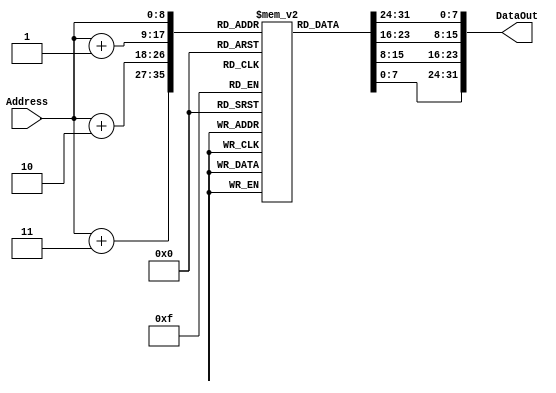
module instr_mem (
    output reg [31:0] DataOut,
    input [8:0] Address
);

    reg [7:0] Mem[0:511]; //512 localizaciones de 8 bits
    
    always @ (Address)
        DataOut <= {Mem[Address], Mem[Address + 1], Mem[Address + 2], Mem[Address + 3]};
    
endmodule

module SimplePipeline(
    input wire clk,
    input wire reset,
    input wire [31:0] instruction_in,
    output wire [31:0] result_out,
    output reg [31:0] pc_reg,
    output reg [31:0] npc_reg
    // output wire [31:0] pc_wire,
    // output wire [31:0] npc_wire
);

    // reg [31:0] pc_reg;
    // reg [31:0] npc_reg;
    reg [31:0] instruction_reg;
    reg [3:0] alu_op_reg;
    reg [31:0] mem_result;
    reg [31:0] result_reg;
    reg [8:0] address;
	reg [1:0] load_instr_reg;
	reg [1:0] rf_enable_reg;
	reg [1:0] branch_reg;
	reg [1:0] ta_instr_reg;
	reg [1:0] mem_enable_reg;
	reg [1:0] mem_se_reg;
	reg [1:0] mem_rw_reg;
	reg [2:0] mem_size_reg;
	reg [1:0] hi_enable_reg;
	reg [1:0] lo_enable_reg;
       
        // Control signals from PPU_Control_Unit
//    output wire ID_Shift_Imm;
//    output wire [2:0] ID_ALU_OP;
//    output wire ID_Load_Instr;
//    output wire ID_RF_Enable;
//    output wire ID_B_Instr;
//    output wire ID_TA_Instr;
//    output wire [1:0] ID_MEM_Size;
//    output wire ID_MEM_RW;
//    output wire ID_MEM_SE;
//    output wire ID_Enable_HI;
//    output wire ID_Enable_LO;
 

    // Load enable for PC and nPC
    reg le_pc, le_npc, le_alu, le_mem, le_wb;

    // Outputs from ID stage
    wire [5:0] opcode;
    wire [4:0] rs;
    wire [4:0] rt;
    wire [4:0] rd;
    wire [15:0] immediate;
    wire [5:0] funct;


    // Initialization of Instruction Memory
  
	

      // Etapa IF (Fetch)
    always @(posedge clk or posedge reset) begin
        if (reset) begin
            pc_reg <= 32'b0;
            npc_reg <= 32'b00000000000000000000000000000100;
            instruction_reg <= 32'h0;
            le_pc <= 1'b0;
            le_npc <= 1'b0;
        end else begin
            if (le_pc) pc_reg <= npc_reg;
            address <= pc_reg;
            instruction_reg <= instruction_in;
           // result_out <= instruction_reg;
            if (le_npc) npc_reg <= npc_reg + 4;
            
        end
    end


    instr_mem imem (
            .DataOut(result_out),
            .Address(address)
        );




    // Etapa ID (Decodificacin de Instrucciones)
    always @(posedge clk or posedge reset) begin
        if (reset) begin
            // Initialize control signals
            // Add your initialization logic here if needed
			ta_instr_reg = 1'b0;
        end else begin
         
			
			ta_instr_reg = PPU_Control_Unit.control_output[7];
          
        end
    end

    // Etapa EX (Ejecucin)
    always @(posedge clk or posedge reset) begin
        if (reset) begin
            // Inicializar registros en caso de reset'
			alu_op_reg = 3'b000;
			branch_reg = 1'b0;
			load_instr_reg = 1'b0;
			rf_enable_reg = 1'b0;
        end else begin
            // Lgica de la etapa EX, como operaciones aritmticas y lgicas
			alu_op_reg = PPU_Control_Unit.control_output[3:1];
			branch_reg = PPU_Control_Unit.control_output[6];
			load_instr_reg = PPU_Control_Unit.control_output[4];
			rf_enable_reg = PPU_Control_Unit.control_output[5];
            if (le_alu) begin
                // Perform ALU operation
            end
        end
    end

    // Etapa MEM (Acceso a memoria)
    always @(posedge clk or posedge reset) begin
        if (reset) begin
            // Inicializar registros en caso de reset
			mem_size_reg = 2'b00;
			mem_se_reg = 1'b0;
			mem_rw_reg = 1'b0; 
			mem_enable_reg = 1'b0;
			load_instr_reg = 1'b0;		
			rf_enable_reg = 1'b0;			
        end else begin
            // Lgica de la etapa MEM, como acceso a memoria (load o store)
			mem_size_reg = PPU_Control_Unit.control_output[9:8];
			mem_se_reg = PPU_Control_Unit.control_output[11];
			mem_rw_reg = PPU_Control_Unit.control_output[10];
			mem_enable_reg = PPU_Control_Unit.control_output[14];
			load_instr_reg = PPU_Control_Unit.control_output[4];
			rf_enable_reg = PPU_Control_Unit.control_output[5];
			//mem_mux_enable = ??
            if (le_mem) begin
                // Perform memory operation
            end
        end
    end

    // Etapa WB (Write-Back)
    always @(posedge clk or posedge reset) begin
        if (reset) begin
            // Inicializar registros en caso de reset
			rf_enable_reg = 1'b0;
			hi_enable_reg = 1'b0;
			lo_enable_reg = 1'b0;
        end else begin
            result_reg <= mem_result; 
			rf_enable_reg = PPU_Control_Unit.control_output[5];
			hi_enable_reg = PPU_Control_Unit.control_output[12];
			lo_enable_reg = PPU_Control_Unit.control_output[13];
			// En una implementacin real, puedes seleccionar entre alu_result y mem_result segn la instruccin
        end
    end

    // Assign the result
    assign result_out = result_reg;
    

endmodule



module PPU_Control_Unit (
    input  [31:0] instruction,
    output wire ID_Shift_Imm,
    output wire [2:0] ID_ALU_OP,
    output wire ID_Load_Instr,
    output wire ID_RF_Enable,
    output wire ID_B_Instr,
    output wire ID_TA_Instr,
    output wire [1:0] ID_MEM_Size,
    output wire ID_MEM_RW,
    output wire ID_MEM_SE,
    output wire ID_Enable_HI,
    output wire ID_Enable_LO,
	output wire ID_MEM_Enable,
    output reg [13:0] control_output
);


SimplePipeline inst(
    .clk(clk),
    .reset(reset),
    .instruction_in(instruction),
    .result_out(instruction),
    .pc_reg(SimplePipeline_TB.pc_wire),
    .npc_reg(SimplePipeline_TB.npc_wire)
);

    // Opcode values
    parameter R_TYPE = 6'b000000;
    parameter ADDIU_Op = 6'b001001;
    parameter SUBU_Funct = 6'b100011;
    parameter LBU_Op = 6'b100100;
    parameter SUB = 6'b100010;
    parameter SB_OP = 6'b101000;
    parameter BGTZ_OP = 6'b000111;
    parameter JAL_OP = 6'b000011;
    parameter JR_Funct = 6'b001000;
    parameter LUI_OP = 6'b001111;

   
    
	
    // Control signals
    assign ID_Shift_Imm  = (instruction[31:26] == ADDIU_Op) ? 1'b1 : 1'b0;
    assign ID_ALU_OP     = (instruction[31:26] == ADDIU_Op) ? 3'b001
                       : ((instruction[31:26] == R_TYPE) && (instruction[5:0] == SUBU_Funct)) ? 3'b010
                       : 3'b000;
    assign ID_Load_Instr = (instruction[31:26] == LBU_Op) ? 1'b1 : 1'b0;
    assign ID_RF_Enable  = (instruction[31:26] == R_TYPE) ? 1'b1 : 1'b0;
    assign ID_B_Instr    = (instruction[31:26] == BGTZ_OP) ? 1'b1 : 1'b0;
    assign ID_TA_Instr   = (instruction[31:26] == JAL_OP) ? 1'b1 : 1'b0;
    assign ID_MEM_Size   = (instruction[31:26] == ADDIU_Op) ? 2'b01 // Assuming word-sized memory access for ADDIU
                       : 2'b00; // Default to 00 for other instructions
    assign ID_MEM_RW     = (instruction[31:26] == SB_OP) ? 1'b1 : 1'b0; // Assuming store instruction for SB_OP
    assign ID_MEM_SE     = (instruction[31:26] == LBU_Op) ? 1'b1 : 1'b0; // Assuming sign-extension for LBU_Op
    assign ID_Enable_HI  = (instruction[31:26] == R_TYPE) ? 1'b1 : 1'b0;
    assign ID_Enable_LO  = (instruction[31:26] == R_TYPE) ? 1'b1 : 1'b0;
	assign ID_MEM_Enable  = (instruction[31:26] == SB_OP) ? 1'b1 : 1'b0;

     // Concatenate control signals based on the mux input
    always @* begin
         control_output = (SimplePipeline_TB.S) ? {ID_Shift_Imm, ID_ALU_OP, ID_Load_Instr, ID_RF_Enable, ID_B_Instr, ID_TA_Instr, ID_MEM_Size, ID_MEM_RW, ID_MEM_SE, ID_Enable_HI, ID_Enable_LO, ID_MEM_Enable} : 13'b0;
    end


endmodule











`timescale 1ns/1ps

module SimplePipeline_TB;

  // Define parameters
  reg clk, reset, S, le_npc,le_pc;
  reg [31:0] test_instruction,instruction;
  wire [31:0] test_result;
  wire [31:0] pc_wire;
  wire [31:0] npc_wire;
  
  // Instantiate your SimplePipeline module
  SimplePipeline dut (
    .clk(clk),
    .reset(reset),
    .instruction_in(test_instruction),
    .result_out(test_result),
    .pc_reg(pc_wire),
    .npc_reg(npc_wire)
   
  );


//   PPU_Control_Unit dutu(


//   );

  // Clock generation
  always begin
    #2 clk = ~clk; // Invert the clock every 2 time unit
  end

  // Initial block for setup
  initial begin
    // Initialize signals
    clk = 1'b0;
    reset = 1'b1;
    S = 1'b0;
    le_npc = 1;
    le_pc = 1;
    test_instruction = 32'b00100100000001010000000000000000; // Example: ADDIU instruction
    
    // Apply reset
    #2 reset = 1'b0;

    // Apply S signal
    #40 S = 1'b1;

    // Simulate until time 48
    #48 $finish;
  end

  // Display information at each clock cycle
  always @(posedge clk) begin
    // Print keyword, PC, nPC, and control signals
    $display(" PC=%0d nPC=%0d Control Signals=%b",  pc_wire, npc_wire, PPU_Control_Unit.control_output);

    // Print control signals of EX, MEM, and WB stages
    $display("EX: %b MEM: %b WB: %b", dut.alu_op_reg, dut.mem_enable_reg, dut.rf_enable_reg);
  end

endmodule